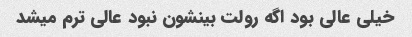
خیلی عالی بود اگه رولت بینشون نبود عالی ترم میشد